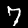
Label: 7